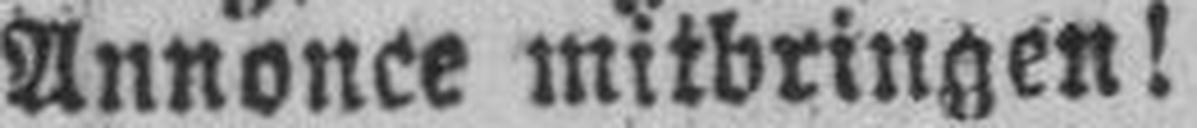
Annonce mitbringen!